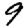
Digit: 9